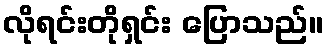
လိုရင်းတိုရှင်း ပြောသည်။